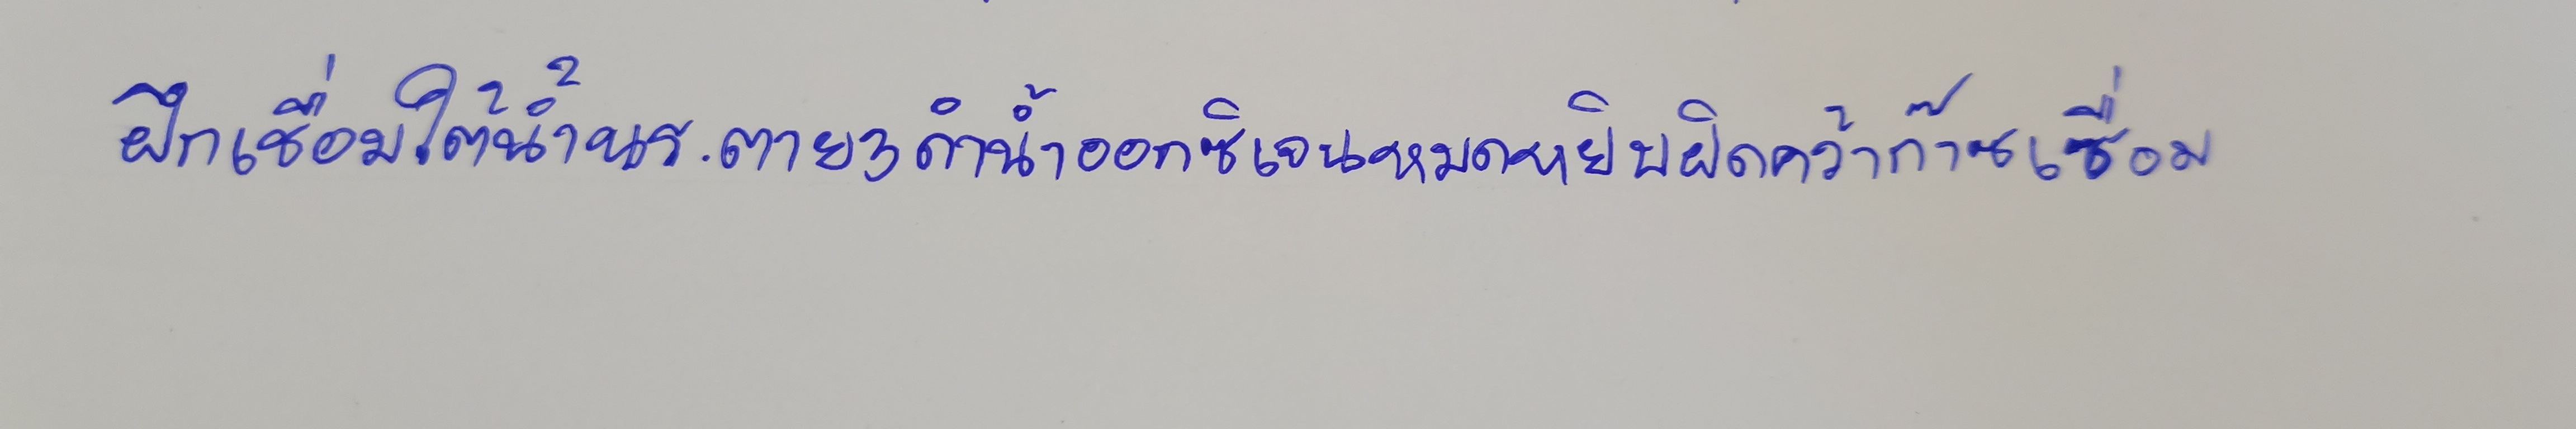
ฝึกเชื่อมใต้น้ำนร.ตาย3ดำน้ำออกซิเจนหมดหยิบผิดคว้าก๊าซเชื่อม